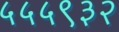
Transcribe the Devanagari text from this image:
५५५९३२